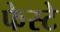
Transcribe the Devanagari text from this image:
फेस्टे